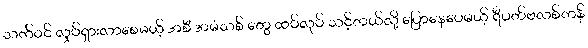
သက်ဝင် လှုပ်ရှားလာစေမယ့် အစီ အမံသစ် တွေ ထပ်လုပ် သင့်တယ်လို့ ပြောနေပေမယ့် ရီပတ်ဗလစ်ကန်